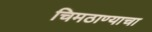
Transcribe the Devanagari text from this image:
चिमठाण्याचा